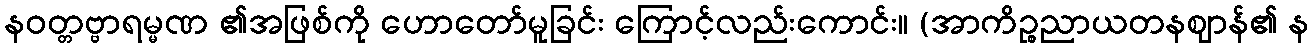
နဝတ္တဗ္ဗာရမ္မဏ ၏အဖြစ်ကို ဟောတော်မူခြင်း ကြောင့်လည်းကောင်း။ (အာကိဉ္စညာယတနဈာန်၏ န